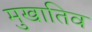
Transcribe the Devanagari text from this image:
मुखातिव